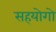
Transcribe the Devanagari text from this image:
सहयोगो